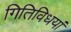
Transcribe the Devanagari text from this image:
गितिविधयां